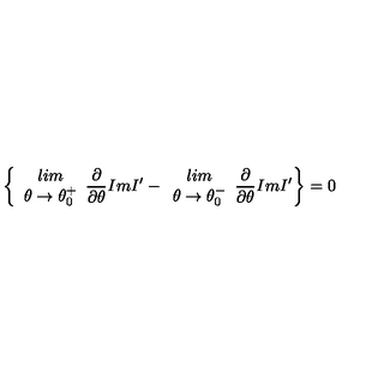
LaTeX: \left\{ \begin{array} { c } { l i m } \\ { \theta \rightarrow \theta _ { 0 } ^ { + } } \\ \end{array} \frac { \partial } { \partial \theta } I m I ^ { \prime } - \begin{array} { c } { l i m } \\ { \theta \rightarrow \theta _ { 0 } ^ { - } } \\ \end{array} \frac { \partial } { \partial \theta } I m I ^ { \prime } \right\} = 0